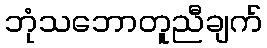
ဘုံသဘောတူညီချက်